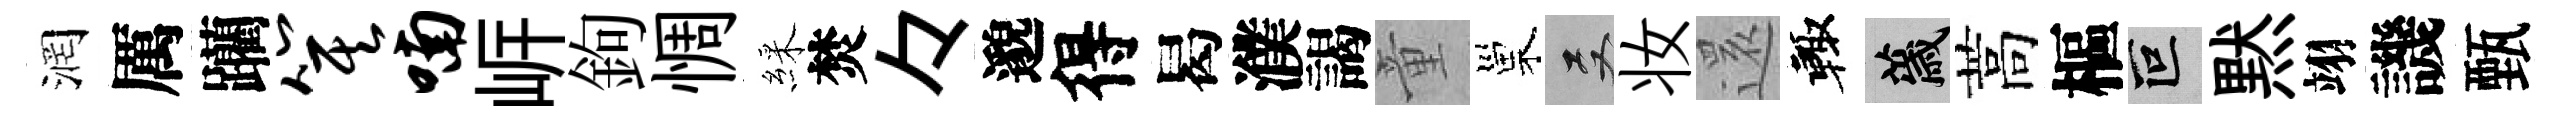
润厲躪箕喃㟁鉤惆綵焚々邈得曷濮謁童巢双妆𮟃輙薉蒿樞叵黙翊譏甄